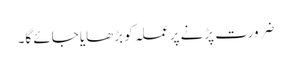
ضرورت پڑنے پر عملہ کو بڑھایا جائے گا۔